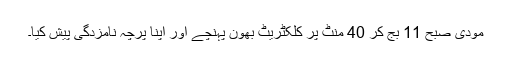
مودی صبح 11 بج کر 40 منٹ پر کلکٹریٹ بھون پہنچے اور اپنا پرچہ نامزدگی پیش کیا۔